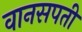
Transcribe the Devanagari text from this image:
वानसपती